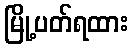
မြို့ပတ်ရထား